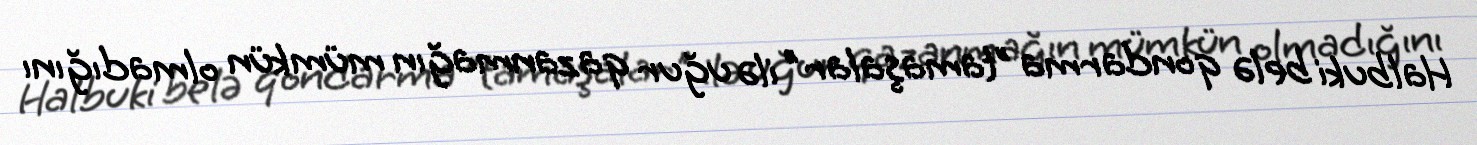
Halbuki belə qondarma "tamaşalar" ilə uğur qazanmağın mümkün olmadığını